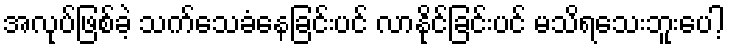
အလုပ်ဖြစ်ခဲ့ သက်သေခံနေခြင်းပင် လာနိုင်ခြင်းပင် မသိရသေးဘူးပေါ့